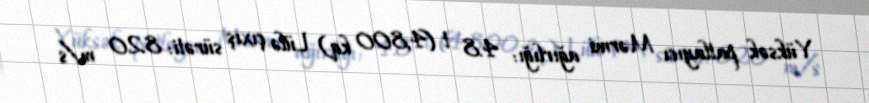
Yüksək patlayıcı Mərmi ağırlığı: 4.8 t (4,800 kq) Lülə çıxış sürəti: 820 m/s